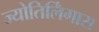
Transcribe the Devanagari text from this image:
ज्योतिर्लिंगास